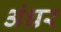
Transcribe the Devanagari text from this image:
अंधर